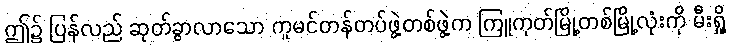
ဤ၌ ပြန်လည် ဆုတ်ခွာလာသော ကူမင်တန်တပ်ဖွဲ့တစ်ဖွဲ့က ကြူကုတ်မြို့တစ်မြို့လုံးကို မီးရှို့